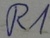
Text: R1